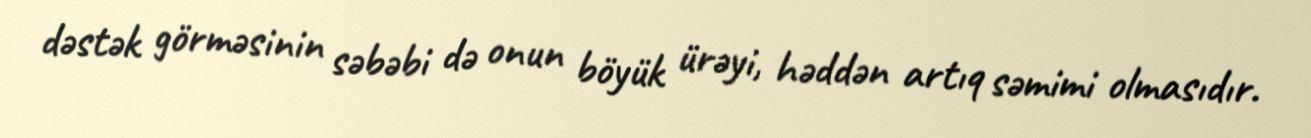
dəstək görməsinin səbəbi də onun böyük ürəyi, həddən artıq səmimi olmasıdır.